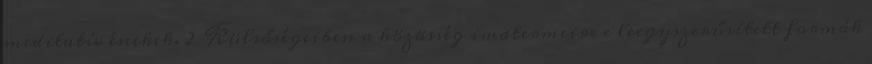
meditatív énekek. 2 Külsőségeiben a közösség imatermeire e leegyszerűsített formák